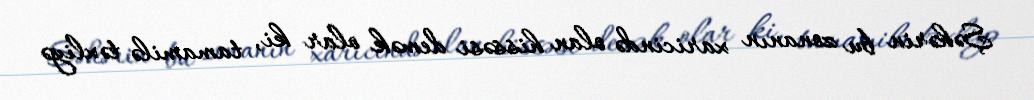
Şəhərin bu zonanın xaricində olan hissəsi demək olar ki, tamamilə təxliyə